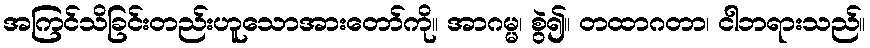
အကြင်သိခြင်းတည်းဟူသောအားတော်ကို။ အာဂမ္မ၊ စွဲ၍။ တထာဂတာ၊ ငါဘရားသည်။